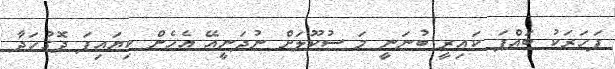
ފަހަރަކު ބައްޕަ ކައިރީ ބުނަނީ މަ ސުކޫލަށް ނުދަނީއޭ އެހެން ކިޔައިފަ ދޮގުހަދާ